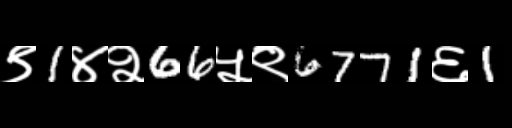
Text: ९1४२66५९6771६1